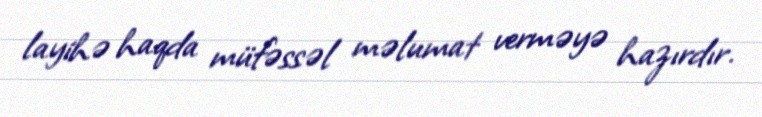
layihə haqda müfəssəl məlumat verməyə hazırdır.